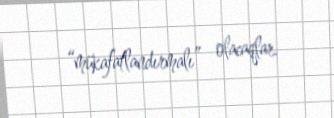
“mükafatlandırmalı” olacaqlar.